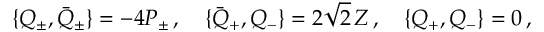
\{ Q _ { \pm } , \bar { Q } _ { \pm } \} = - 4 P _ { \pm } \, , \quad \{ \bar { Q } _ { + } , Q _ { - } \} = 2 \sqrt { 2 } \, Z \, , \quad \{ Q _ { + } , Q _ { - } \} = 0 \, ,